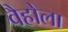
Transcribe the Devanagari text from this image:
वैहोला